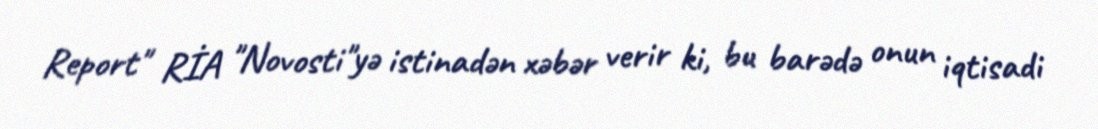
Report" RİA "Novosti"yə istinadən xəbər verir ki, bu barədə onun iqtisadi